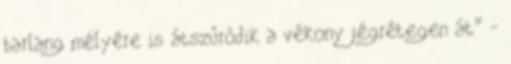
barlang mélyére is átszűrődik a vékony jégrétegen át" -